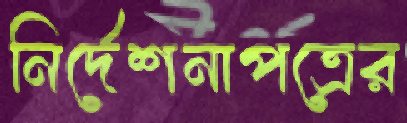
নির্দেশনাপত্রের